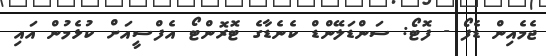
ޖެމެއިން ޑެފޯ - ފޮޓޯ: ސަންޑަލޭންޑް ކެނެޑާގެ ޓޮރޮންޓޯ އެފްސީއަށް ކުޅެމުން އައި